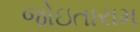
જોઇતારામ